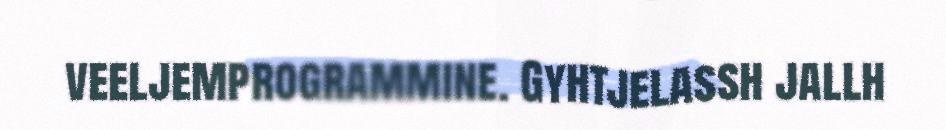
veeljemprogrammine. Gyhtjelassh jallh